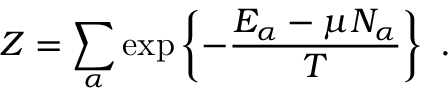
Z = \sum _ { \alpha } \exp \left\{ - { \frac { E _ { \alpha } - \mu N _ { \alpha } } { T } } \right\} \ .